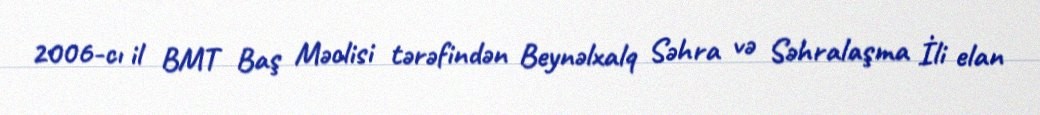
2006-cı il BMT Baş Məclisi tərəfindən Beynəlxalq Səhra və Səhralaşma İli elan